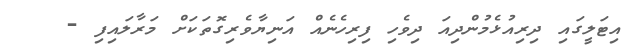
އިޓަލީގައި ދިރިއުޅެމުންދިއަ ދިވެހި ފިރިހެނެއް އަނިޔާވެރިގޮތަކަށް މަރާލައިފި -